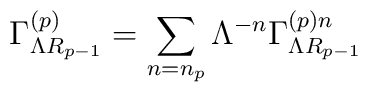
\Gamma _{\Lambda R_{p-1}}^{\left( p\right) }=\sum_{n=n_p}\Lambda^{-n}\Gamma_{\Lambda R_{p-1}}^{\left( p\right) n}